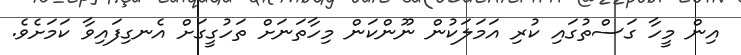
އިން މީހާ ގަސްތުގައި ކުރި އަމަލަކުން ނޫންކަން މިހާތަނަށް ތަހުގީގަށް އެނގިފައިވާ ކަމަށެވެ.